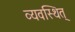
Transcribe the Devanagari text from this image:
व्यवस्थित्